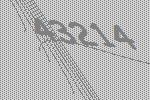
43214